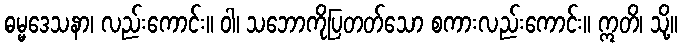
ဓမ္မဒေသနာ၊ လည်းကောင်း။ ဝါ၊ သဘောကိုပြတတ်သော စကားလည်းကောင်း။ ဣတိ၊ သို့။